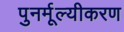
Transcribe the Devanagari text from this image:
पुनर्मूल्यीकरण